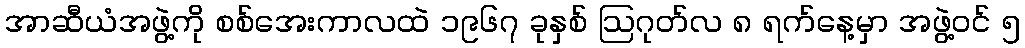
အာဆီယံအဖွဲ့ကို စစ်အေးကာလထဲ ၁၉၆၇ ခုနှစ် ဩဂုတ်လ ၈ ရက်နေ့မှာ အဖွဲ့ဝင် ၅